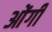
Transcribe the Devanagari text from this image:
ओंगी